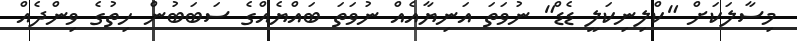
މިސާލަކަށް "ކްލިނިކަލީ ޑެޑް" ނުވަތަ އަނިޔާއެއް ނުވަތަ ބައްޔެއްގެ ސަބަބުން ހިތުގެ ވިންދެއް